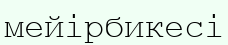
мейірбикесі